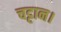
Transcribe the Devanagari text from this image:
चट्टान।